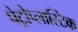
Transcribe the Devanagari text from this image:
पेट्रोप्लास्टिक